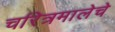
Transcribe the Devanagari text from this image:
चरित्रमालेचे